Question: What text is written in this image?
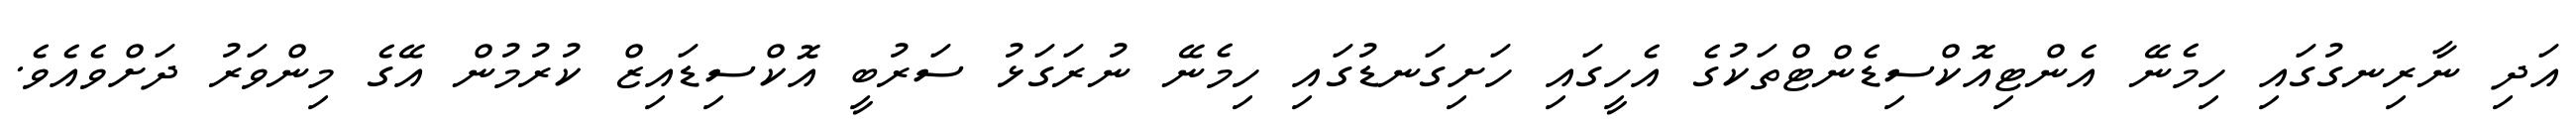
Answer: އަދި ނާރިނގުގައި ހިމެނޭ އެންޓިއޮކްސިޑެންޓްތަކުގެ އެހީގައި ހަށިގަނޑުގައި ހިމެނޭ ނުރަގަޅު ސަރުބީ އޮކްސިޑައިޒް ކުރުމުން އޭގެ މިންވަރު ދަށްވެއެވެ.